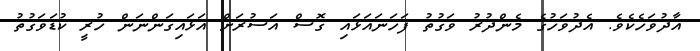
އާދުވަހެކެވެ. އެދުވަހުގެ މެންދުރު ވަގުތު ފަހަނައަޅައި ގޮސް އަސުރަށް އަޅައިގަންނަން ހުރީ ކުޑަވަގުތު